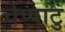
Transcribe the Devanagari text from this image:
चेप्पाटु